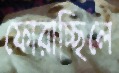
ফোরাচ্ছিলে